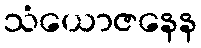
သံယောဇနေန